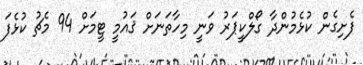
ފެށިގެން ކުޅެމުންދާ ގޯލްކީޕަރު ވަނީ މިހާތަނަށް ޤައުމީ ޓީމަށް 94 މެޗު ކުޅެފަ